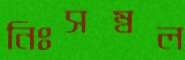
নিঃসম্বল